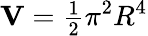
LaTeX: \mathbf{V}={\begin{array}{l}{{\frac{1}{2}}}\end{array}}\pi^{2}R^{4}